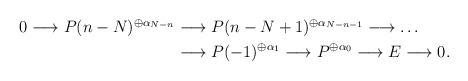
LaTeX: \begin{align*}\begin{aligned}0\longrightarrow P(n-N)^{\oplus\alpha_{N-n}}&\longrightarrow P(n-N+1)^{\oplus\alpha_{N-n-1}}\longrightarrow\dots\\&\longrightarrow P(-1)^{\oplus\alpha_1}\longrightarrow P^{\oplus\alpha_0}\longrightarrow E\longrightarrow0.\end{aligned}\end{align*}